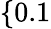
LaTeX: \{ 0.1